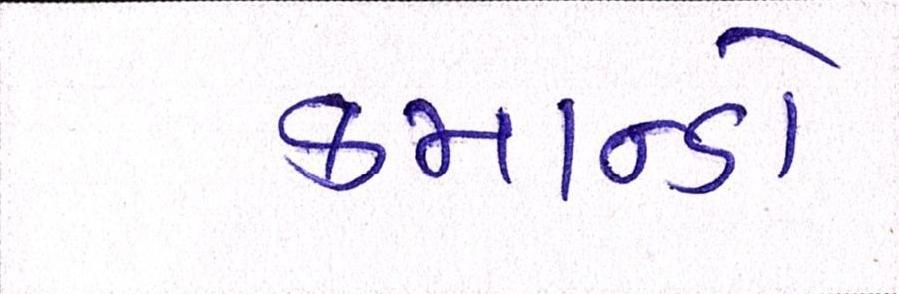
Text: કમાન્ડો